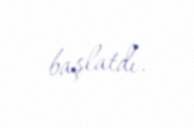
başlatdı.